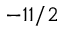
- 1 1 / 2